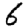
Digit: 6